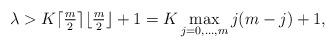
LaTeX: \begin{align*}\lambda>K \lceil\tfrac{m}{2}\rceil\lfloor\tfrac{m}{2}\rfloor+1=K\max_{j=0,\dots,m}j(m-j) +1,\end{align*}